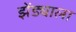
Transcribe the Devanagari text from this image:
झेंड्याला